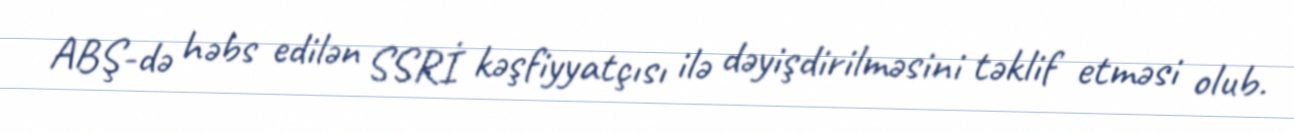
ABŞ-də həbs edilən SSRİ kəşfiyyatçısı ilə dəyişdirilməsini təklif etməsi olub.